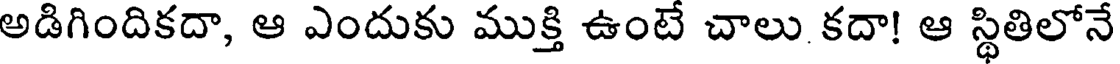
అడిగిందికదా, ఆ ఎందుకు ముక్తి ఉంటే చాలు కదా! ఆ స్థితిలోనే